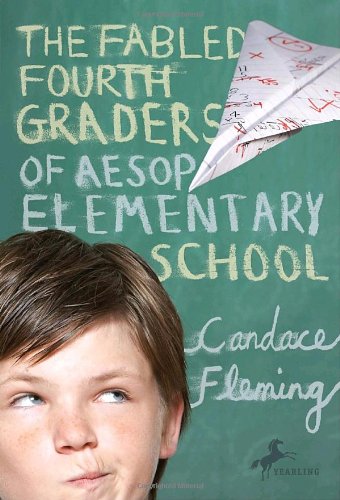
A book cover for The Fabled Fourth Graders of Aesop Elementary School; Candace Fleming; Children's Books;